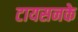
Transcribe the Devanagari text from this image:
टायसनके